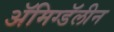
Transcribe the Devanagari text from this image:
ॲमिग्डॅलीन